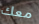
معك